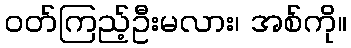
ဝတ်ကြည့်ဦးမလား၊ အစ်ကို။